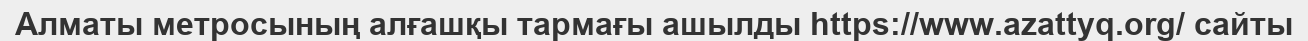
Алматы метросының алғашқы тармағы ашылды https://www.azattyq.org/ сайты